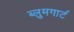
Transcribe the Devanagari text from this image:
ब्लुमगार्ट